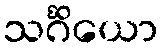
သင်္ဂိယော